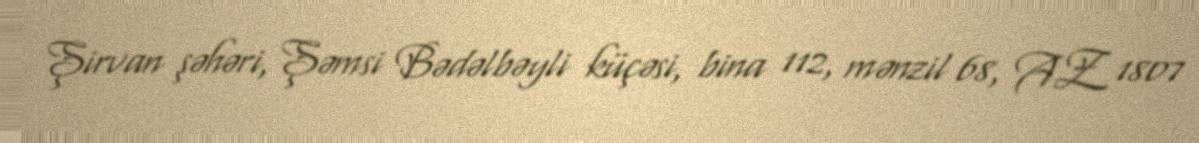
Şirvan şəhəri, Şəmsi Bədəlbəyli küçəsi, bina 112, mənzil 68, AZ 1807